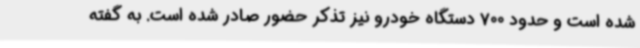
شده است و حدود 700 دستگاه خودرو نیز تذکر حضور صادر شده است. به گفته